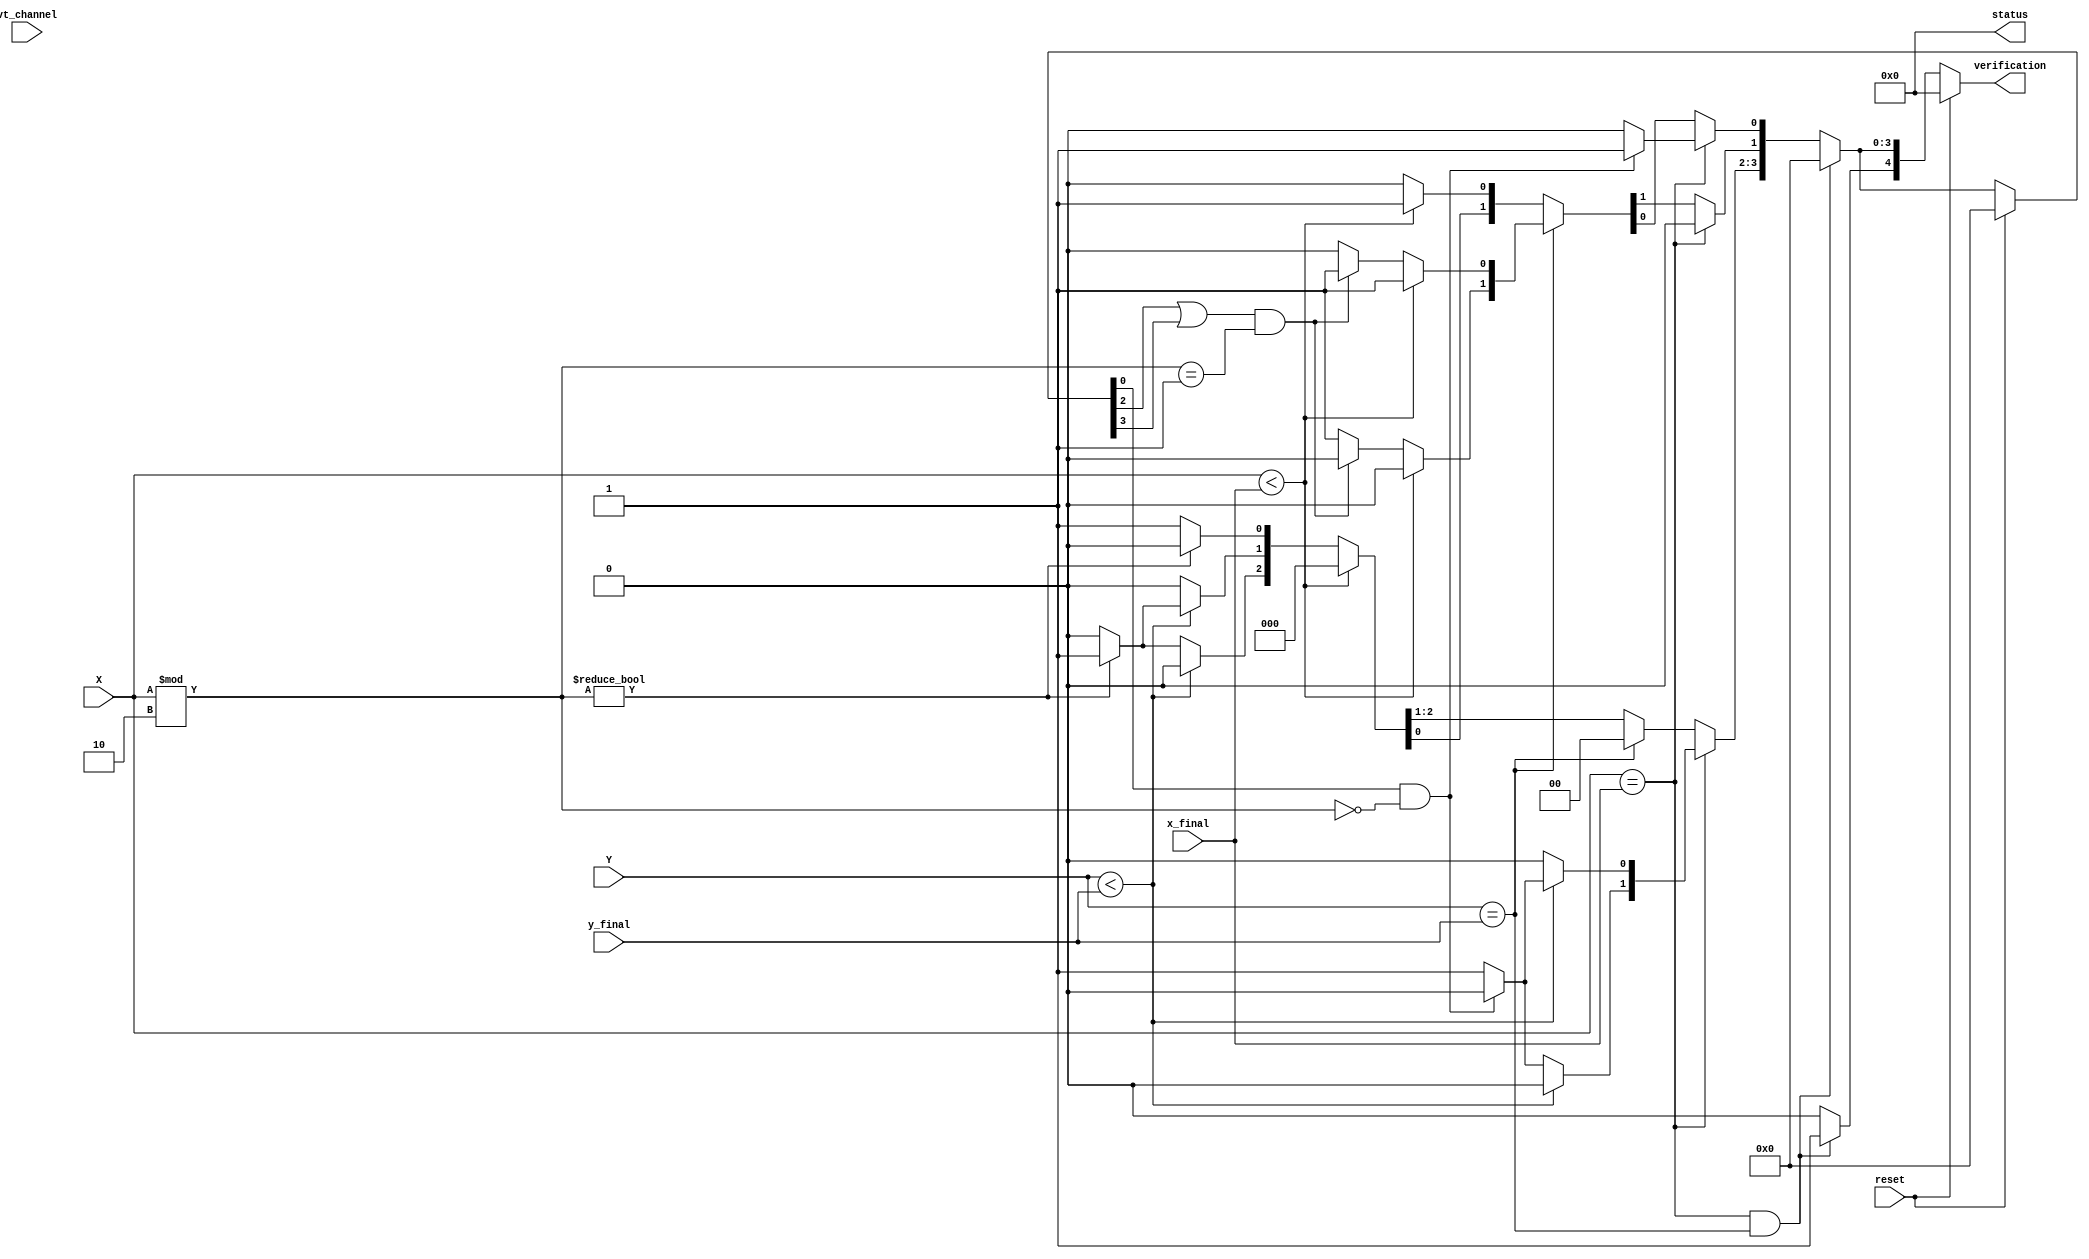
module OE_logic (verification, status,X, Y, x_final, y_final, vt_channel,reset);
  parameter MM = 2; // MM = (log2_LL)/2
  output reg [4:0] verification, status;
  input [MM-1:0] X, Y,x_final, y_final; // x,y = adresses
  input [2:0] vt_channel;
  input reset;
  reg [3:0] dir;
  /*
	0: Right
	1: Left
	2: Up
	3: Down
	4: Eject
  */		
  always @(*) // combinational Router logic
	if (reset)
		{verification, status,dir} = 'b0;
	else begin
		{verification, status} = 'b0;//reset
		if(X == x_final && Y == y_final)     verification[4] = 1;//Eject
		else if(X == x_final)  // current node in same col as dest
				if(Y < y_final)
					if(dir[0] && X%2==0)			verification[0] = 1; 
					else 							verification[2] = 1; // allow to rout Up
				else	
					if(dir[0] && X%2==0)			verification[0] = 1; 
					else 							verification[3] = 1; // allow to rout Down
		else if(Y == y_final) // cur in same row as dest	
				if(X < x_final) 					verification[0] = 1; // allow to rout Right
				else	
					if((dir[2]||dir[3])&& X%2==1)	verification[0] = 1;
					else 							verification[1] = 1; // allow to rout Left
		else if(X < x_final)						verification[0] = 1; // allow to rout Right
		else //	if(X > x_final)				
				if(Y < y_final)					
					if(X%2) 						verification[2] = 1; // allow to rout Up
					else							verification[1] = 1; // allow to rout Left
				else	
					if(X%2) 						verification[3] = 1; // allow to rout Down
					else							verification[1] = 1; // allow to rout Left				
		dir = verification;	// saving previous move
	end
endmodule